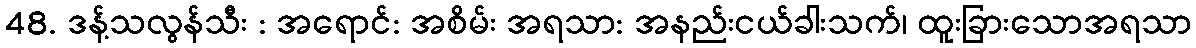
48. ဒန့်သလွန်သီး : အရောင်: အစိမ်း အရသာ: အနည်းငယ်ခါးသက်၊ ထူးခြားသောအရသာ